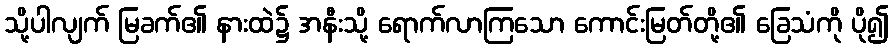
သို့ပါလျက် မြခက်၏ နားထဲ၌ အနီးသို့ ရောက်လာကြသော ကောင်းမြတ်တို့၏ ခြေသံကို ပို၍